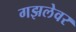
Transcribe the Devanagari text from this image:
गझलेवर